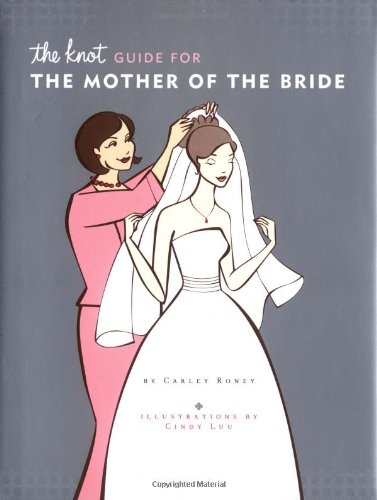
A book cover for The Knot Guide For The Mother of the Bride; Carley Roney; Crafts, Hobbies & Home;